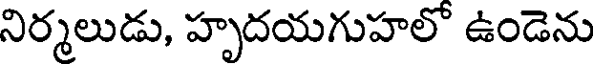
నిర్మలుడు, హృదయగుహలో ఉండెను